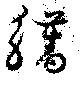
觿